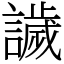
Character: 𧬨